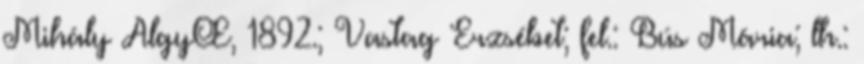
Mihály AlgyŒ, 1892.; Vastag Erzsébet; fel.: Bús Mária; lh.: